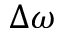
\Delta \omega